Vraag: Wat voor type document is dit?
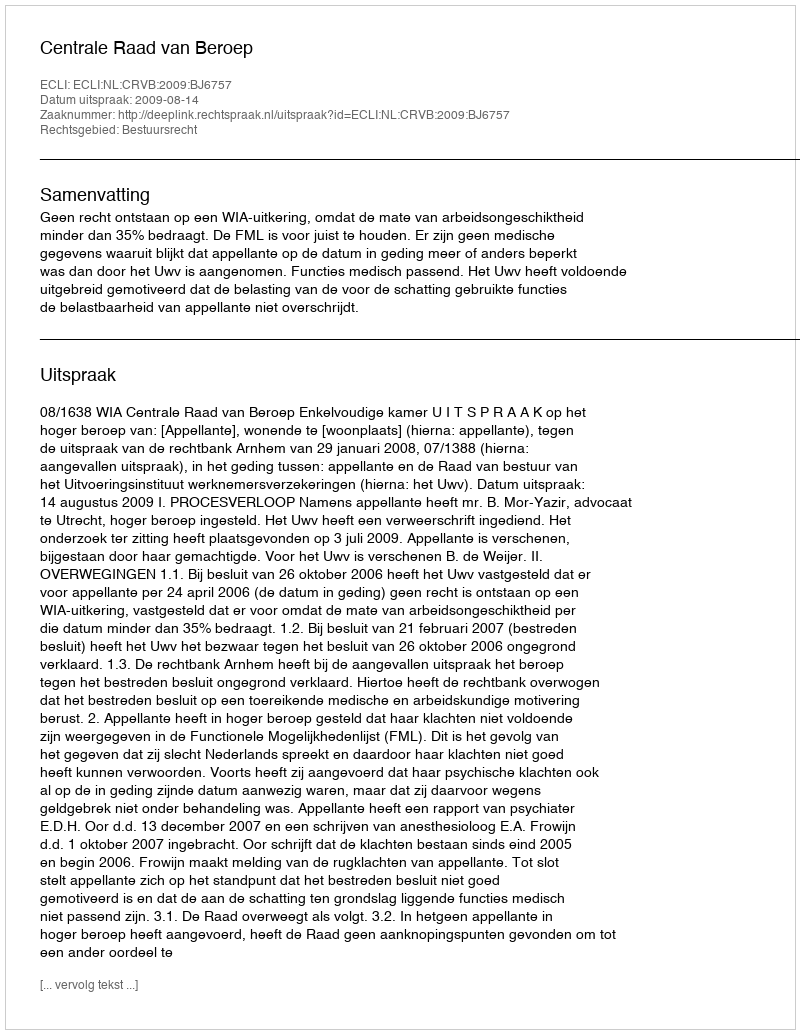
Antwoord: Uitspraak